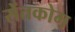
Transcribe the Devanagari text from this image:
सेंतकोम